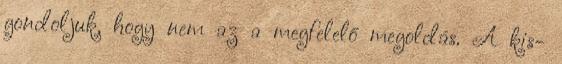
gondoljuk, hogy nem az a megfelelő megoldás. A kis-